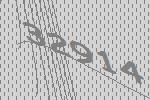
32914